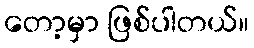
တော့မှာ ဖြစ်ပါတယ်။